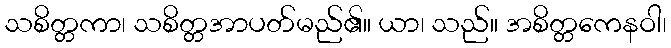
သစိတ္တကာ၊ သစိတ္တအာပတ်မည်၏။ ယာ၊ သည်။ အစိတ္တကေနဝါ၊